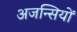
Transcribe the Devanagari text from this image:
अजन्सियों